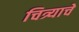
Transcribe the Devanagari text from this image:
चित्र्याचे